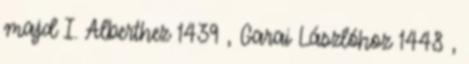
majd I. Alberthez 1439 , Garai Lászlóhoz 1448 ,